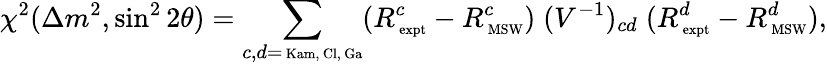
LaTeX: \chi^{2}(\Delta m^{2},\sin^{2}2\theta)=\sum_{c,d=\mathrm{{\scriptsize~Kam,~Cl,~Ga}}}(R_{\mathrm{{\scriptsize~expt}}}^{c}-R_{\mathrm{{\scriptsize~MSW}}}^{c})\; (V^{-1})_{cd}\; (R_{\mathrm{{\scriptsize~expt}}}^{d}-R_{\mathrm{{\scriptsize~MSW}}}^{d}),